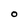
Character: O